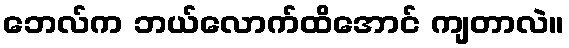
ဘေလ်က ဘယ်လောက်ထိအောင် ကျတာလဲ။